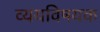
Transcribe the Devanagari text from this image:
व्ययविषयक